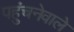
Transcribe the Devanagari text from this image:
पहुंचनेवाले